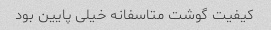
کیفیت گوشت متاسفانه خیلی پایین بود